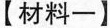
【材料一】